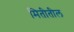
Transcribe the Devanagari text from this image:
मितीतील